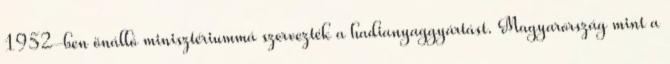
1952-ben önálló minisztériummá szervezték a hadianyaggyártást. Magyarország mint a